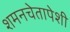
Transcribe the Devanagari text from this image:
शमनचेतापेशी